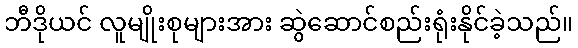
ဘီဒိုယင် လူမျိုးစုများအား ဆွဲဆောင်စည်းရုံးနိုင်ခဲ့သည်။